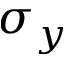
\sigma _ { y }